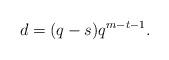
LaTeX: \begin{align*}d=(q-s)q^{m-t-1}. \end{align*}